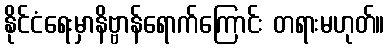
နိုင်ငံရေးမှာနိဗ္ဗာန်ရောက်ကြောင်း တရားမဟုတ်။